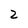
Character: 2